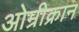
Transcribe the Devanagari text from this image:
ओम्रीक्रान